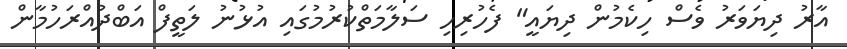
އާރު ދިޔަވަރު ވެސް ހިކެމުން ދިޔައީ" ފެހުރިހި ސަލާމަތްކުރުމުގައި އުޅުނު ލަތީފް އަބްދުއްރަހުމާން